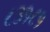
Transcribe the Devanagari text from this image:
८३१८१